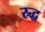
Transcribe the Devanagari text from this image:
स्र्द्ध